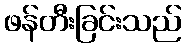
ဖန်တီးခြင်းသည်